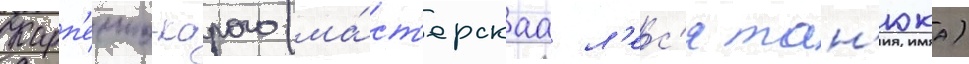
Карп'енко-карого (ма́ст'ерскаа л'ес'я тан'юка)